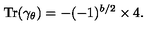
\mathrm { T r } ( \gamma _ { \theta } ) = - ( - 1 ) ^ { b / 2 } \times 4 .